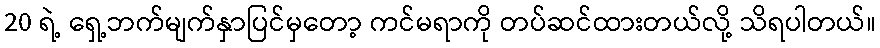
20 ရဲ့ ရှေ့ဘက်မျက်နှာပြင်မှတော့ ကင်မရာကို တပ်ဆင်ထားတယ်လို့ သိရပါတယ်။